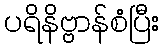
ပရိနိဗ္ဗာန်စံပြီး